Annual report on the lock hospitals of the Madras Presidency
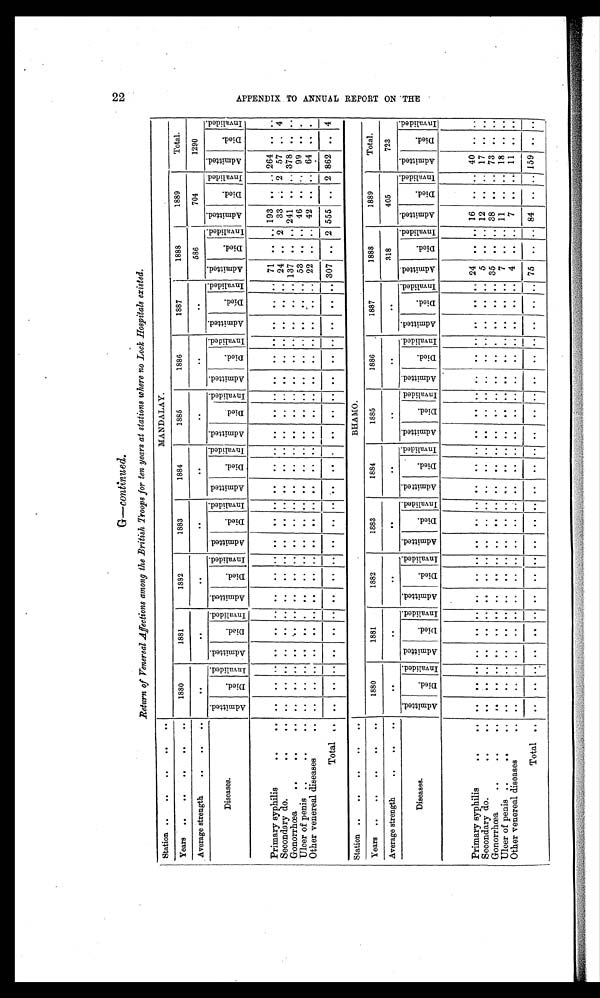
22
G—continued.
Return of Venereal Affections among the British Troops for ten years at stations where no Lock Hospitals existed.
Station ..
. .
..
. .
. .
MANDALAY.
Years
..
..
. .
. .
. .
1880
1881
1882
1883
1884
1885
1886
1887
1888
1889
Total.
Average strength
. .
. .
. .
. .
. .
. .
. .
. .
. .
..
. .
586
704
1290
Diseases
A d m i t t e d .
D i e d .
I n v a l i d e .
A d m i t t e d .
D i e d .
I n v a l i d e d .
A d m i t t e d .
D i e d .
I n v a l i d e d .
A d m i t t e d .
D i e d .
I n v a l i d e d .
A d m i t t e d .
D i e d .
I n v a l i d e d
A d m i t t e d .
D i e d .
I n v a l i d e d .
A d m i t t e d .
D i e d .
I n v a l i d e d .
A d m i t t e d .
D i e d .
I n v a l i d e d .
A d m i t t e d .
D i e d .
I n v a l i d e d
.
A d m i t t e d .
D i e d .
I n v a l i d e d .
A d m i t t e d
D i e d .
Invalided.
Primary syphilis
. .
. .
. .
. .
. .
. .
..
. .
. .
. .
. .
. .
. .
. .
. . ..
. .
. .
. .
. .
. .
..
. .
..
. . 71
. . .. 193 .. .. 264
. . ..
S econdary do.
. .
..
..
. .
. .
..
. .
. .
. .
. .
. .
. .
. .
. . ..
. .
..
. .
. .
. .
. .
. .
. .
. .
24 .. 2
33
. . 2
57 .. 4
Gonorrhœa
..
. .
. .
.
. .
. .
. .
. .
. .
..
..
. .
. .
. .
. .
. .
. .
...
. .
. .
. .
. .
. .
. .
. .
. .
. .
. . 137
. .
. . 241
. .
. . 378
. . ..
Ulcer of penis ..
. .
. .
. .
. . . .
. .
. . .
. .
. .
. .
. .
. . ..
. .
. .
. . . .
. .
. .
. .
. .
. .
. .
. . . . 53 .. .. 46 . .
. . 99
. . ..
Other venereal diseases
. .
. .
. .
. .
. .
. .
..
. .
. . .
. .
. .
. .
. .
. .
. . . .
. .
. .
. .
. .
. .
. .
. .
. .
. . 22 .. .. 42 .. .. 64
. .
..
Total ..
. .
. .
. .
. .
. . ..
. .
. .
. .
. .
. .
. .
. .
. .
..
. .
. . ..
. .
. .
. .
....
. .
. . 307 .. 2 555 .. 2 862 .. 4
Station ..
. .
. .
. .
..
BHA MO.
Years
..
. .
..
. .
. .
1880
1881
1882
1883
1884
1885
1886
1887
1888
1889
Total.
Average strength
..
. .
. .
. .
. .
. .
..
. .
. .
. .
. .
318
405
723
Diseases.
A d m i t t e d .
D i e d .
I n v a l i d e d .
A d m i t t e d .
D i e d .
Inval i ded.
A d m i t t e d .
D i e d .
I n v a l i d e d .
A d m i t t e d .
D i e d .
I n v a l i d e d .
A d m i t t e d .
D i e d .
I n v a l i d e d .
A d m i t t e d . Di e d .
I n v a l i d e d .
A d m i t t e d .
D i e d .
I n v a l i d e d .
A d m i t t e d .
D i e d .
I n v a l i d e d .
A d m i t t e d .
D i e d .
I n v a l i d e d .
A d m i t t e d .
D i e d .
I n v a l i d e d .
A d m i t t e d .
D i e d .
I nval i dded.
Primary syphilis
..
. .
. .
. .
. .
. .
. .
..
. .
. . . . .
. .
. .
. .
. .
. .
. .
. .
. . ..
. .
. .
. .
. . .. 24
. .
...
16
.. .. 40 .. ..
S econdary do.
..
. .
. .
. . . .
. .
. . ..
. .
. .
. .
. .
. .
. .
. .
. .
. .
. .
. .
. .
. .
. .
. .
. .
. .
. .
5
.. . . 12 . . .. 17
. . . .
Gonorrhœa
..
. .
. .
. .
. .
. .
. .
..
. .
. .
. .
. .
. .
. .
. .
. .
. . . .
. .
. .
. .
. .
. .
. .
. .
. . 35
. . .. 38
. . .. 73
. . ..
uLcer of penis ..
..
. .
. .
. .
. .
. .
. . ..
. .
. .
. .
. . .. ..
. .
. .
.. ..
. .
. .
. .
. .
. .
. .
. .
. . 7
. . . . . . . . 11 ..
. . 18 .. ..
Other venereal diseases
. . . .
. .
. .
. .
. . ..
. .
. .
. .
. .
. .
. .
. .
. .
. .
. .
. .
. .
. .
. .
. .
. .
. .
. .
4
. .
. .
7
. .
. . 11
. .
..
Total
. .
. .
. .
. .
. .
. .
..
. .
. .
. .
. .
. .
. .
. .
. .
. .
. .
. .
. .
. .
. .
. .
. .
. .
. . 75
. .
. . 84
.. .. 159
. . ..
A P P E N D I X T O A N N U A L R E P O R T O N T H E